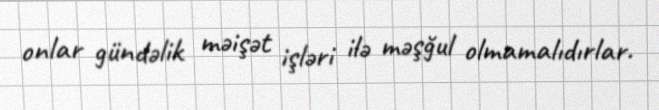
onlar gündəlik məişət işləri ilə məşğul olmamalıdırlar.